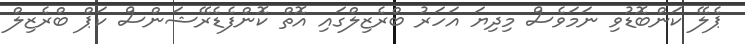
ޕެލޭ ކަންބޮޑުވި ނަމަވެސް މިދިޔަ އަހަރު ބްރެޒިލްގައި އޮތް ކޮންފެޑެރޭޝަންސް ކަޕް ބްރެޒިލް